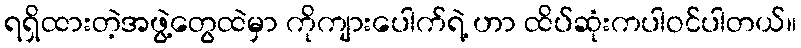
ရရှိထားတဲ့အဖွဲ့တွေထဲမှာ ကိုကျားပေါက်ရဲ့ ဟာ ထိပ်ဆုံးကပါဝင်ပါတယ်။